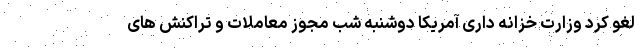
لغو کرد وزارت خزانه داری آمریکا دوشنبه شب مجوز معاملات و تراکنش های